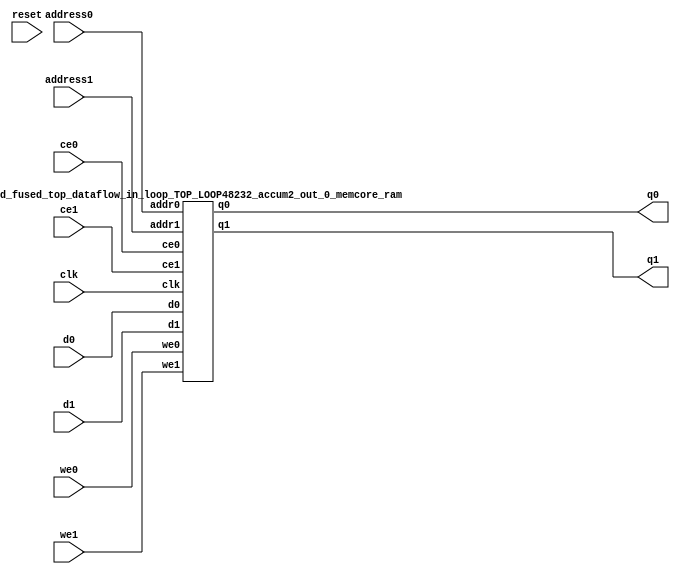
`define EXPONENT 5
`define MANTISSA 10
`define ACTUAL_MANTISSA 11
`define EXPONENT_LSB 10
`define EXPONENT_MSB 14
`define MANTISSA_LSB 0
`define MANTISSA_MSB 9
`define MANTISSA_MUL_SPLIT_LSB 3
`define MANTISSA_MUL_SPLIT_MSB 9
`define SIGN 1
`define SIGN_LOC 15
`define DWIDTH (`SIGN+`EXPONENT+`MANTISSA)
`define IEEE_COMPLIANCE 1

module td_fused_top_dataflow_in_loop_TOP_LOOP48232_accum2_out_0_memcore(
    reset,
    clk,
    address0,
    ce0,
    we0,
    d0,
    q0,
    address1,
    ce1,
    we1,
    d1,
    q1);

parameter DataWidth = 32'd16;
parameter AddressRange = 32'd8;
parameter AddressWidth = 32'd3;
input reset;
input clk;
input[AddressWidth - 1:0] address0;
input ce0;
input we0;
input[DataWidth - 1:0] d0;
output[DataWidth - 1:0] q0;
input[AddressWidth - 1:0] address1;
input ce1;
input we1;
input[DataWidth - 1:0] d1;
output[DataWidth - 1:0] q1;



td_fused_top_dataflow_in_loop_TOP_LOOP48232_accum2_out_0_memcore_ram td_fused_top_dataflow_in_loop_TOP_LOOP48232_accum2_out_0_memcore_ram_U(
    .clk( clk ),
    .addr0( address0 ),
    .ce0( ce0 ),
    .we0( we0 ),
    .d0( d0 ),
    .q0( q0 ),
    .addr1( address1 ),
    .ce1( ce1 ),
    .we1( we1 ),
    .d1( d1 ),
    .q1( q1 )
);

endmodule
module td_fused_top_dataflow_in_loop_TOP_LOOP48232_accum2_out_0_memcore_ram (addr0, ce0, d0, we0, q0, addr1, ce1, d1, we1, q1,  clk);

parameter DWIDTH = 16;
parameter AWIDTH = 3;
parameter MEM_SIZE = 8;

input[AWIDTH-1:0] addr0;
input ce0;
input[DWIDTH-1:0] d0;
input we0;
output reg[DWIDTH-1:0] q0;
input[AWIDTH-1:0] addr1;
input ce1;
input[DWIDTH-1:0] d1;
input we1;
output reg[DWIDTH-1:0] q1;
input clk;

reg [DWIDTH-1:0] ram[MEM_SIZE-1:0];




always @(posedge clk)  
begin 
    if (ce0) begin
        if (we0) 
            ram[addr0] <= d0; 
        q0 <= ram[addr0];
    end
end


always @(posedge clk)  
begin 
    if (ce1) begin
        if (we1) 
            ram[addr1] <= d1; 
        q1 <= ram[addr1];
    end
end


endmodule